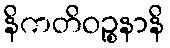
နိကတိဝဉ္စနာနိ